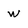
Character: W